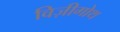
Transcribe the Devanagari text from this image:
विज़ीगोथ